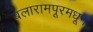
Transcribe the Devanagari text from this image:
बलारामपूरमधून